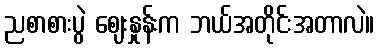
ညစာစားပွဲ ဈေးနှုန်းက ဘယ်အတိုင်းအတာလဲ။